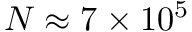
N \approx 7 \times 1 0 ^ { 5 }